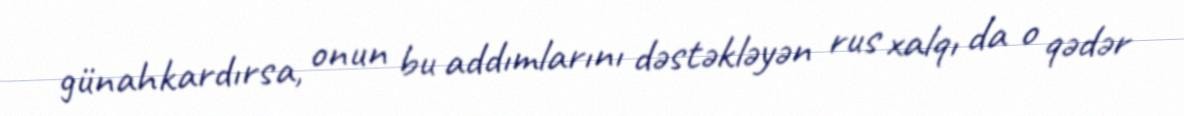
günahkardırsa, onun bu addımlarını dəstəkləyən rus xalqı da o qədər